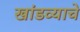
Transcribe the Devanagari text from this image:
खांडव्याचे